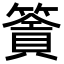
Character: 𥳹